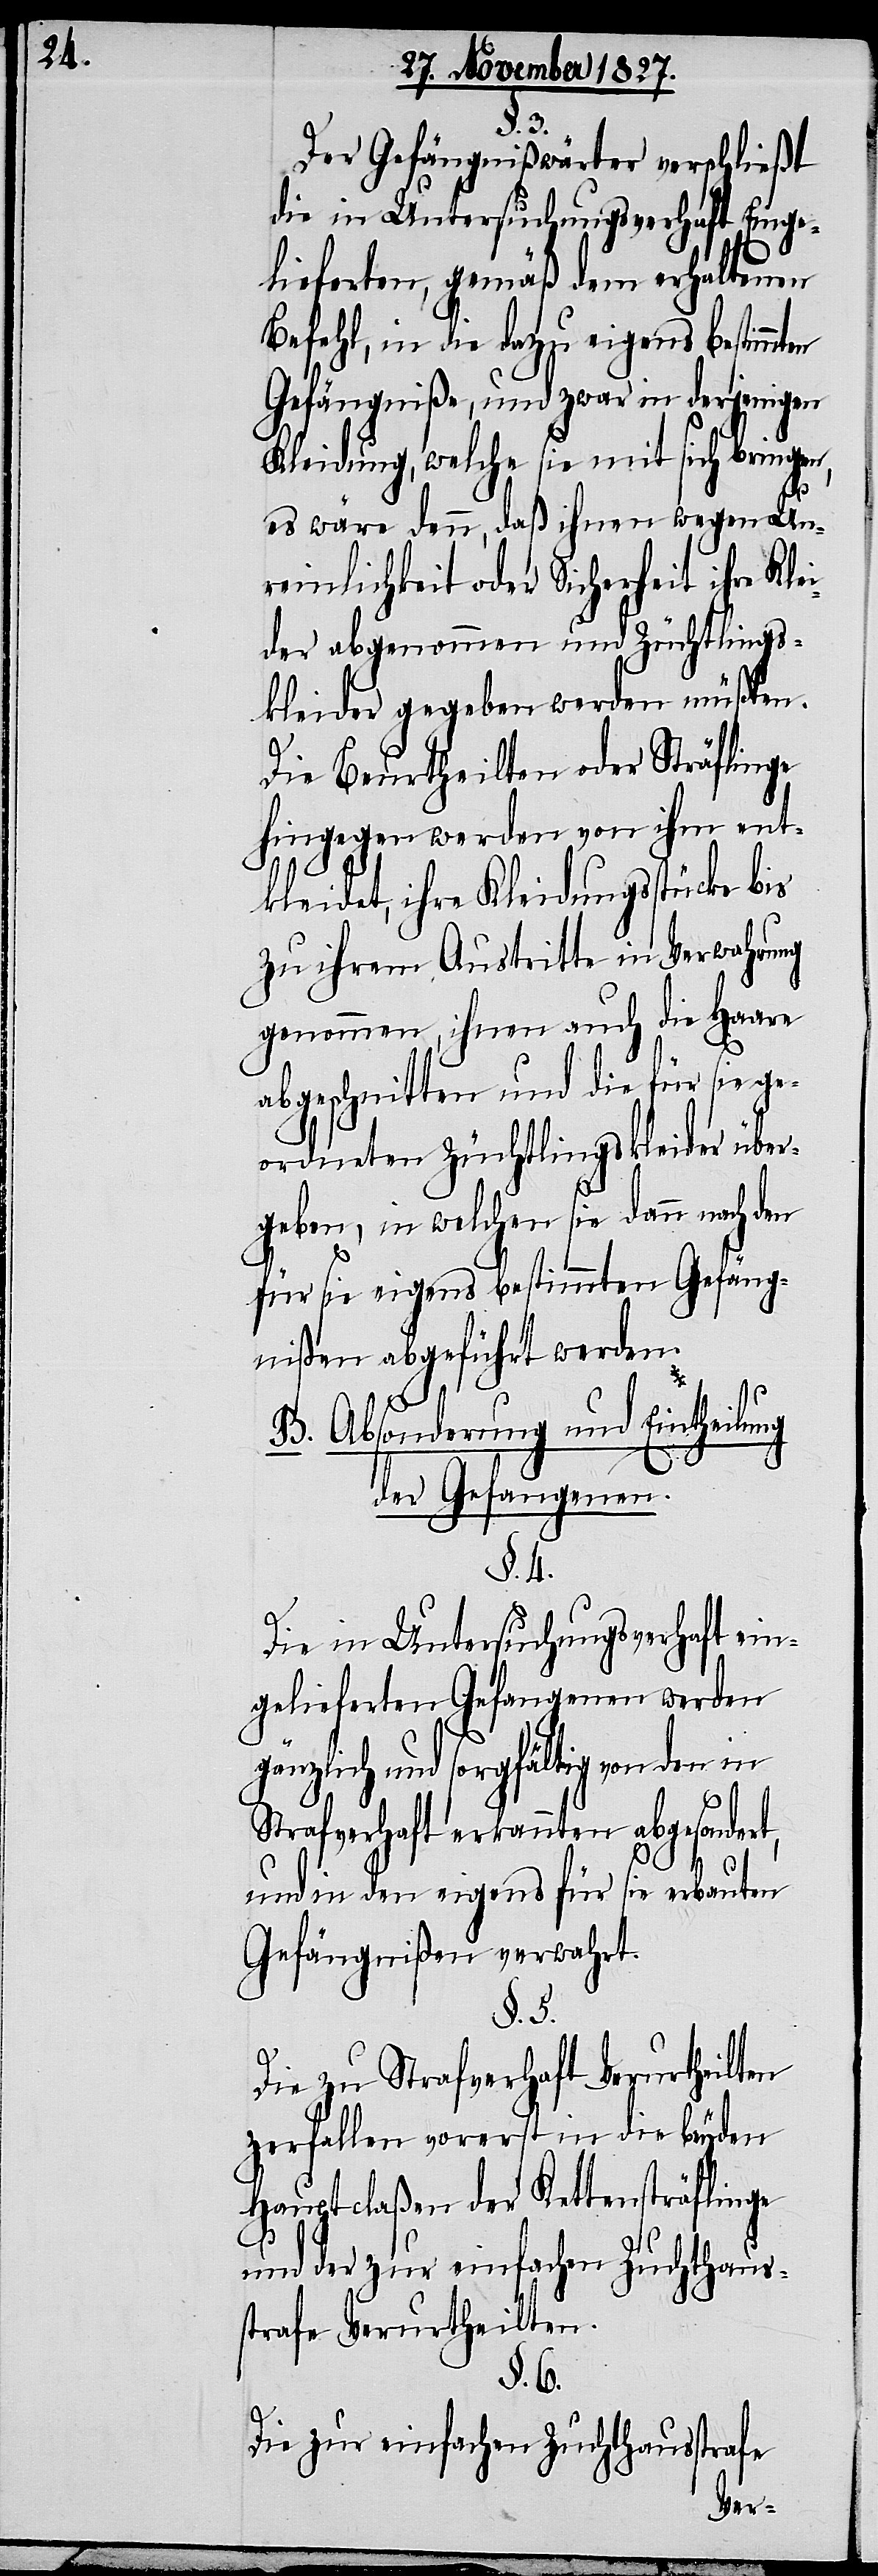
§. 3
Der Gefängniswärter verschließt
die in Untersuchungsverhaft
Einge¬
lieferten, gemäß dem erhaltenen
Befehl, in die dazu eigens bestimmt¬
Gefängniße, und zwar in derjenigen
Kleidung, welche sie mit sich bringen,
es wäre denn, daß ihnen wegen Un¬
reinlichkeit oder Sicherheit ihre Kle¬
ider abgenommen und Züchtlings¬
kleider gegeben werden müßten.
Die Beurtheilten oder Sträflingen
hingegen werden von ihm ent¬
kleidet, ihre Kleidungsstücke bis
zu ihrem Austritte in Verwahrung
genommen, ihnen auch die Haare
abgeschnitten und die für sie ge¬
ordneten Züchtlingskleider über¬
geben, in welchen sie dann nach den
für sie eigens bestimmten Gefäng¬
nißen abgeführt werden.
B. Absonderung und Eintheilung
en
der Gefangenen.
§. 4.
Die in Untersuchungsverhaft ein¬
gelieferten Gefangenen werden
gänzlich und sorgfältig von den in
Strafverhaft erkannten abgesondert,
und in den eigens für sie erbauten
Gefängnißen verwahrt.
§. 5.
Die zu Strafrecht Verurtheilten
zerfallen vorerst in die beyden
Hauptclaßen der Kettensträflinge
und der zur einfachen Zuchthaus¬
strafe Verurtheilten.
§. 6.
Die zur einfachen Zuchthausstrafe